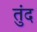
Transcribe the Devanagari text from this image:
तुंद